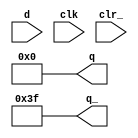
// This code is part of the model collection of AM29xx Bitslice devices
// Copyright (C) 2019  Holger Veit (hveit01@web.de)
//
//    This program is free software; you can redistribute it and/or modify
//    it under the terms of the GNU General Public License as published by
//    the Free Software Foundation; either version 3 of the License, or (at
//    your option) any later version.
//
//    This program is distributed in the hope that it will be useful, but
//    WITHOUT ANY WARRANTY; without even the implied warranty of
//    MERCHANTABILITY or FITNESS FOR A PARTICULAR PURPOSE. See the GNU
//    General Public License for more details.
//
//    You should have received a copy of the GNU General Public License
//    along with this program; if not, see <http://www.gnu.org/licenses/>.
//
//

// am25ls174 / ls175 n-DFF with clear
// configure this with PARAMETER WIDTH!

// 25ls174 is WIDTH=6
// 25ls175 is WIDTH=4

`timescale 1ns / 100ps

module am25ls174(d, q, q_, clk, clr_);
parameter WIDTH = 6;
input [WIDTH-1:0] d;
output [WIDTH-1:0] q;
output [WIDTH-1:0] q_;
input clk;
input clr_;

reg [WIDTH-1:0] q;

always @(clr_)
begin
  q  = {WIDTH{1'b0}};
end

always @(posedge clk)
begin
	if (clr_ == 1'b1) begin
		q = d;
	end
end

assign q_  = ~q;

endmodule